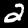
Label: 2